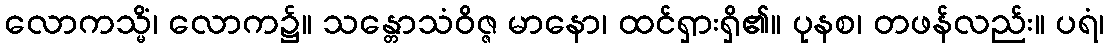
လောကသ္မိံ၊ လောက၌။ သန္တောသံဝိဇ္ဇ မာနော၊ ထင်ရှားရှိ၏။ ပုနစ၊ တဖန်လည်း။ ပရံ၊